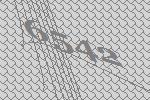
6542